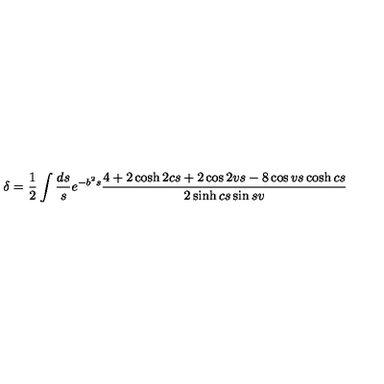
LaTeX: \delta = \frac { 1 } { 2 } \int \frac { d s } { s } e ^ { - b ^ { 2 } s } \frac { 4 + 2 \cosh 2 c s + 2 \cos 2 v s - 8 \cos v s \cosh c s } { 2 \sinh c s \sin s v }